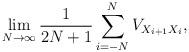
LaTeX: \begin{align*}\lim_{N \to \infty} \frac1{2N +1} \sum_{i = - N}^N V_{X_{i+1}X_i},\end{align*}